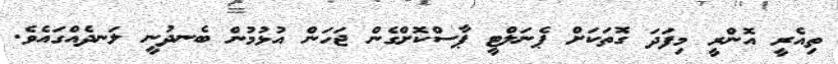
ތިއެރީ އޮންރީ މިފަދަ ގޮތަކަށް ޕެނަލްޓީ ޕާސްކޮށްގެން ޖަހަން އުޅުމުން ބެނދުނީ ލަނދެއްގައެވެ.